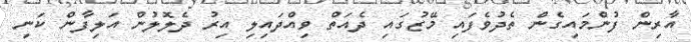
އާރިން ފުންމައިގެން ތެދުވެފައި މޭޒުގައި ދެއަތް ވިއްދައިލި އިރު ދެލޮލުން އަލިފާން ކަނި